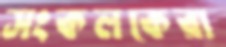
সংকলকেরা